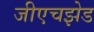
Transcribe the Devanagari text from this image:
जीएचझेड